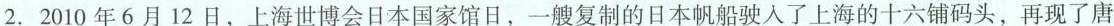
2. 2010年6月12日，上海世博会日本国家馆日，一艘复制的日本帆船驶入了上海的十六铺码头，再现了唐